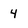
Character: 4